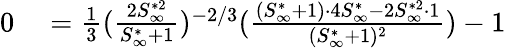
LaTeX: \begin{array}{rl}{0}&{{}=\frac{1}{3}(\frac{2S_{\infty}^{*2}}{S_{\infty}^{*}+1})^{-2/3}(\frac{(S_{\infty}^{*}+1)\cdot 4S_{\infty}^{*}-2S_{\infty}^{*2}\cdot 1}{(S_{\infty}^{*}+1)^{2}})-1}\end{array}